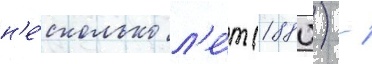
н'е́сколько л'е́т (1880) -